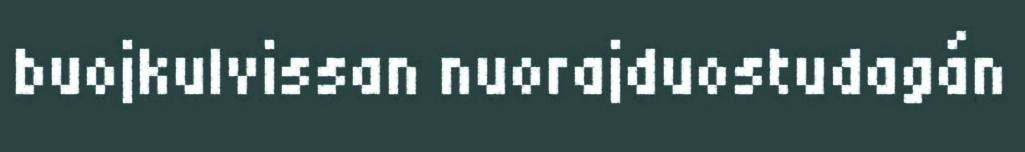
buojkulvissan nuorajduostudagán